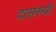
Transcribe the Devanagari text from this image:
दासरुपी